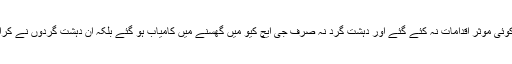
بدقسمتی سے دہشت گردی کے خاتمے کیلئے اس وقت کوئی موثر اقدامات نہ کئے گئے اور دہشت گرد نہ صرف جی ایچ کیو میں گھسنے میں کامیاب ہو گئے بلکہ ان دہشت گردوں نے کراچی میں نیول بیس پر کھڑے طیاروں تک کو تباہ کردیا۔